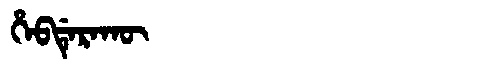
Manchu: ᡥᡝᠪᡩᡝᡵᠠᡴᡡ
Romanization: HEBDERAKŪ